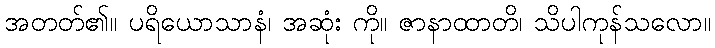
အတတ်၏။ ပရိယောသာနံ၊ အဆုံး ကို။ ဇာနာထာတိ၊ သိပါကုန်သလော။